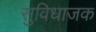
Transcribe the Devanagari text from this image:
सुविधाजक